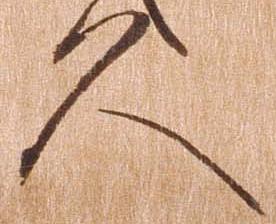
久